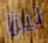
ليزا